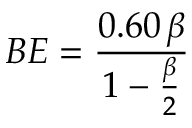
B E = { \frac { 0 . 6 0 \, \beta } { 1 - { \frac { \beta } { 2 } } } }